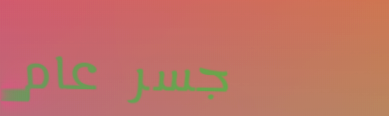
جسر عام